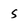
Character: 5